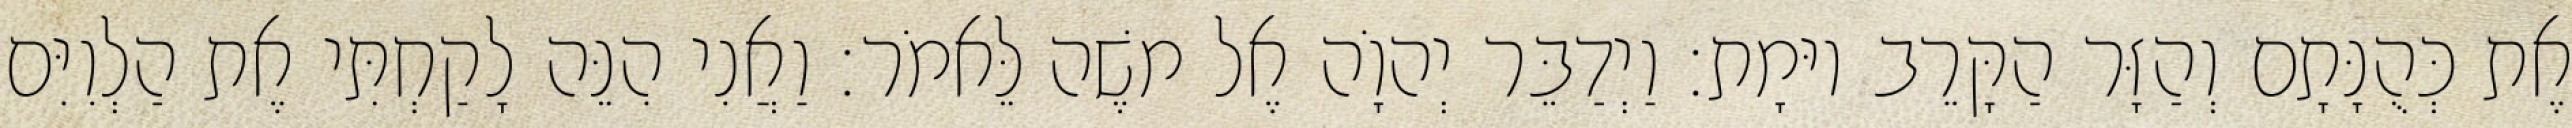
אֶת כְּהֻנָּתָם וְהַזָּר הַקָּרֵב יוּמָת׃ וַיְדַבֵּר יְהוָֹה אֶל משֶׁה לֵּאמֹר׃ וַאֲנִי הִנֵּה לָקַחְתִּי אֶת הַלְוִיִּם